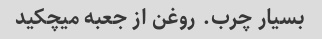
بسیار چرب. روغن از جعبه میچکید